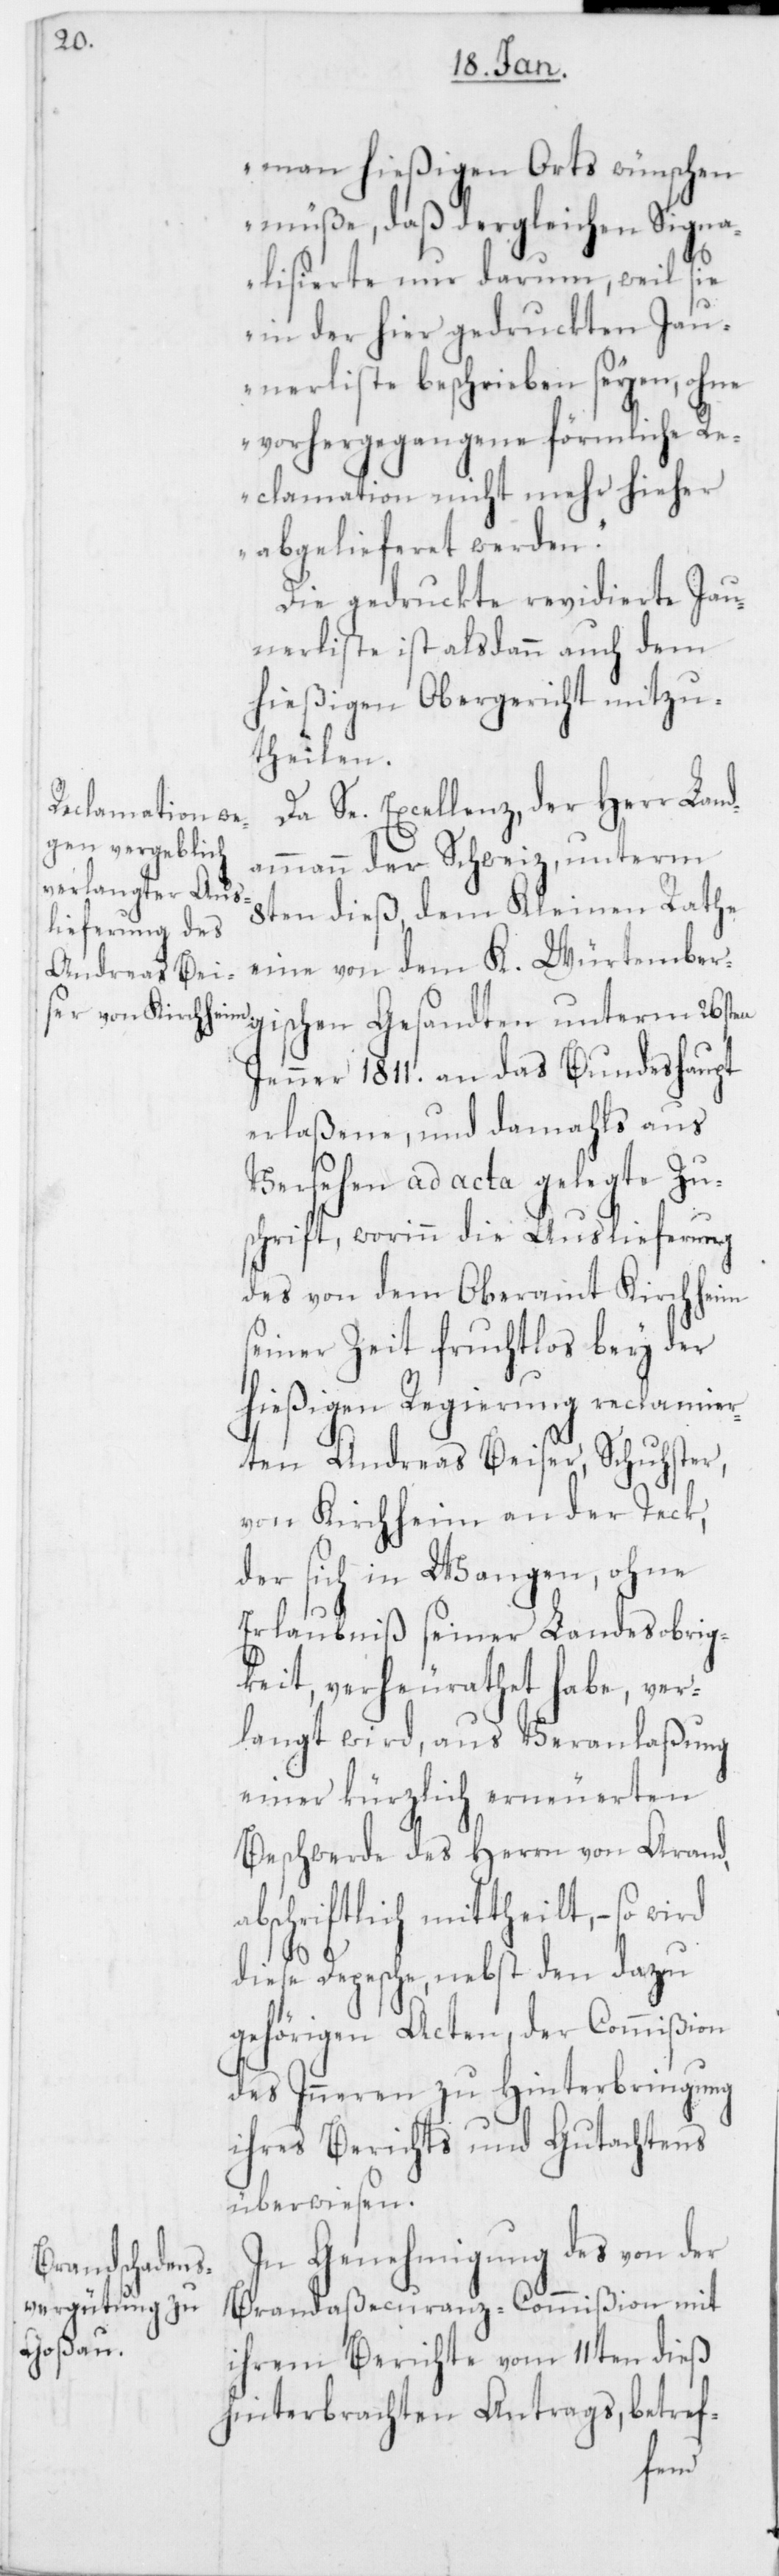
man hießigen Orts wünschen
müße, daß dergleichen Signa¬
lisierte nur darum, weil sie
in der hier gedruckten Jau¬
nerliste beschrieben seyen , ohne
vorhergegangene förmliche Re¬
clamation nicht mehr hieher
abgelieferet werden.“
Die gedruckte revidierte Jau¬
nerliste ist alsdann auch dem
hießigen Obergericht mitzu¬
theilen.
Da Se. Excellenz, der Herr Land¬
ammann der Schweiz, unterm
8ten dieß, dem Kleinen Rathe
eine von dem K. Würtemberg¬
Jenner 1811. an das Bundeshaupt
erlaßene, und damahls aus
Versehen ad acta gelegte Zu¬
schrift, worinn die Auslieferung
des von dem Oberamt Kirchheim
seiner Zeit fruchtlos bey der
hießigen Regierung reclamier¬
ten Andreas Beiser, Schuhster,
von Kirchheim an der Teck,
der sich in Wangen, ohne
Erlaubniß seiner Landesobrig¬
keit, verheurathet habe, ver¬
langt wird, aus Veranlaßung
einer kürzlich erneuerten
Beschwerde des Herrn von Arand,
abschriftlich mittheilt, – so wird
diese Depesche, nebst den dazu
gehörigen Acten, der Commißion
des Inneren zu Hinterbringung
ihres Berichts und Gutachtens
überwiesen.
In Genehmigung des von der
Brandaßecuranz-Commißion mit
ihrem Berichte vom 11ten dieß
hinterbrachten Antrags, betref-
ischen